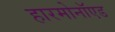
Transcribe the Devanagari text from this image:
हारमोनॉएड